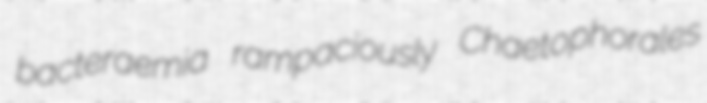
bacteraemia rampaciously Chaetophorales